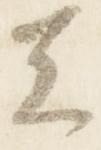
者